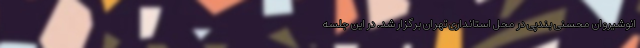
انوشیروان محسنی بندپی در محل استانداری تهران برگزار شد. در این جلسه